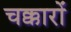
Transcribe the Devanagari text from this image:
चक्कारों